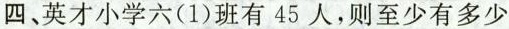
四、英才小学六(1)班有 45 人，则至少有多少